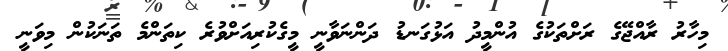
މިހާރު ރާއްޖޭގެ ރަށްތަކުގެ އުންމީދު އަޅުގަނޑު ދަންނަވާނީ މީގެކުރިއަށްވުރެ ކިތަންމެ ތަނަކުން މިވަނީ